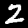
Label: 2